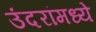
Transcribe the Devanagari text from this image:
उंदरांमध्ये